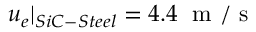
u _ { e } | _ { S i C - S t e e l } = 4 . 4 \; \mathrm { ~ m ~ / ~ s ~ }